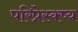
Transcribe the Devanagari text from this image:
परिप्रेस्क्ष्य